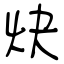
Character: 炔